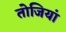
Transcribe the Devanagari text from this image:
तोजियां